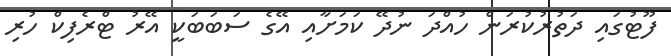
ފޫޓުގައި ދަތުރުކުރަން ހުއްދަ ނުދޭ ކަމަށާއި އޭގެ ސަބަބަކީ އޭރު ޓްރެފިކް ހުރި